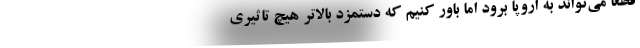
قطعاً می‌تواند به اروپا برود اما باور کنیم که دستمزد بالاتر هیچ تاثیری